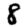
Digit: 8